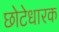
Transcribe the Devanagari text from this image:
छोटेधारक